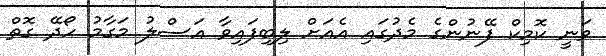
ވަނީ ކޮމިކް ފޭނުންގެ މެދުގައި އެއަށް ލިބިފައިވާ އަސްލު މަގާމު ހޯދޭ ގޮތް